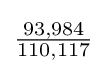
{\tfrac {93,984}{110,117}}